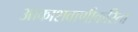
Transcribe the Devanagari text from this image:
आकाशवाणीकरिता